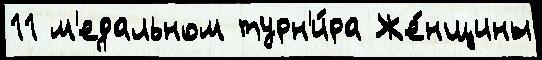
11 м'едальном турн'и́ра Же́нщины